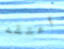
أعتقد